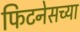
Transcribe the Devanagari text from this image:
फिटनेसच्या